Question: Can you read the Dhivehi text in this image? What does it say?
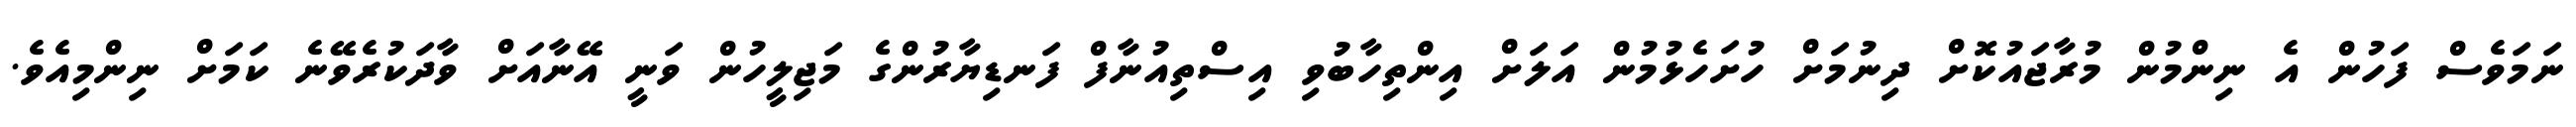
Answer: ނަމަވެސް ފަހުން އެ ނިންމުން މުރާޖައުކޮށް ދިނުމަށް ހުށަހެޅުމުން އަލަށް އިންތިހާބުވި އިސްތިއުނާފް ފަނޑިޔާރުންގެ މަޖިލީހުން ވަނީ އޭނާއަށް ވާދަކުރެވޭނެ ކަމަށް ނިންމިއެވެ.